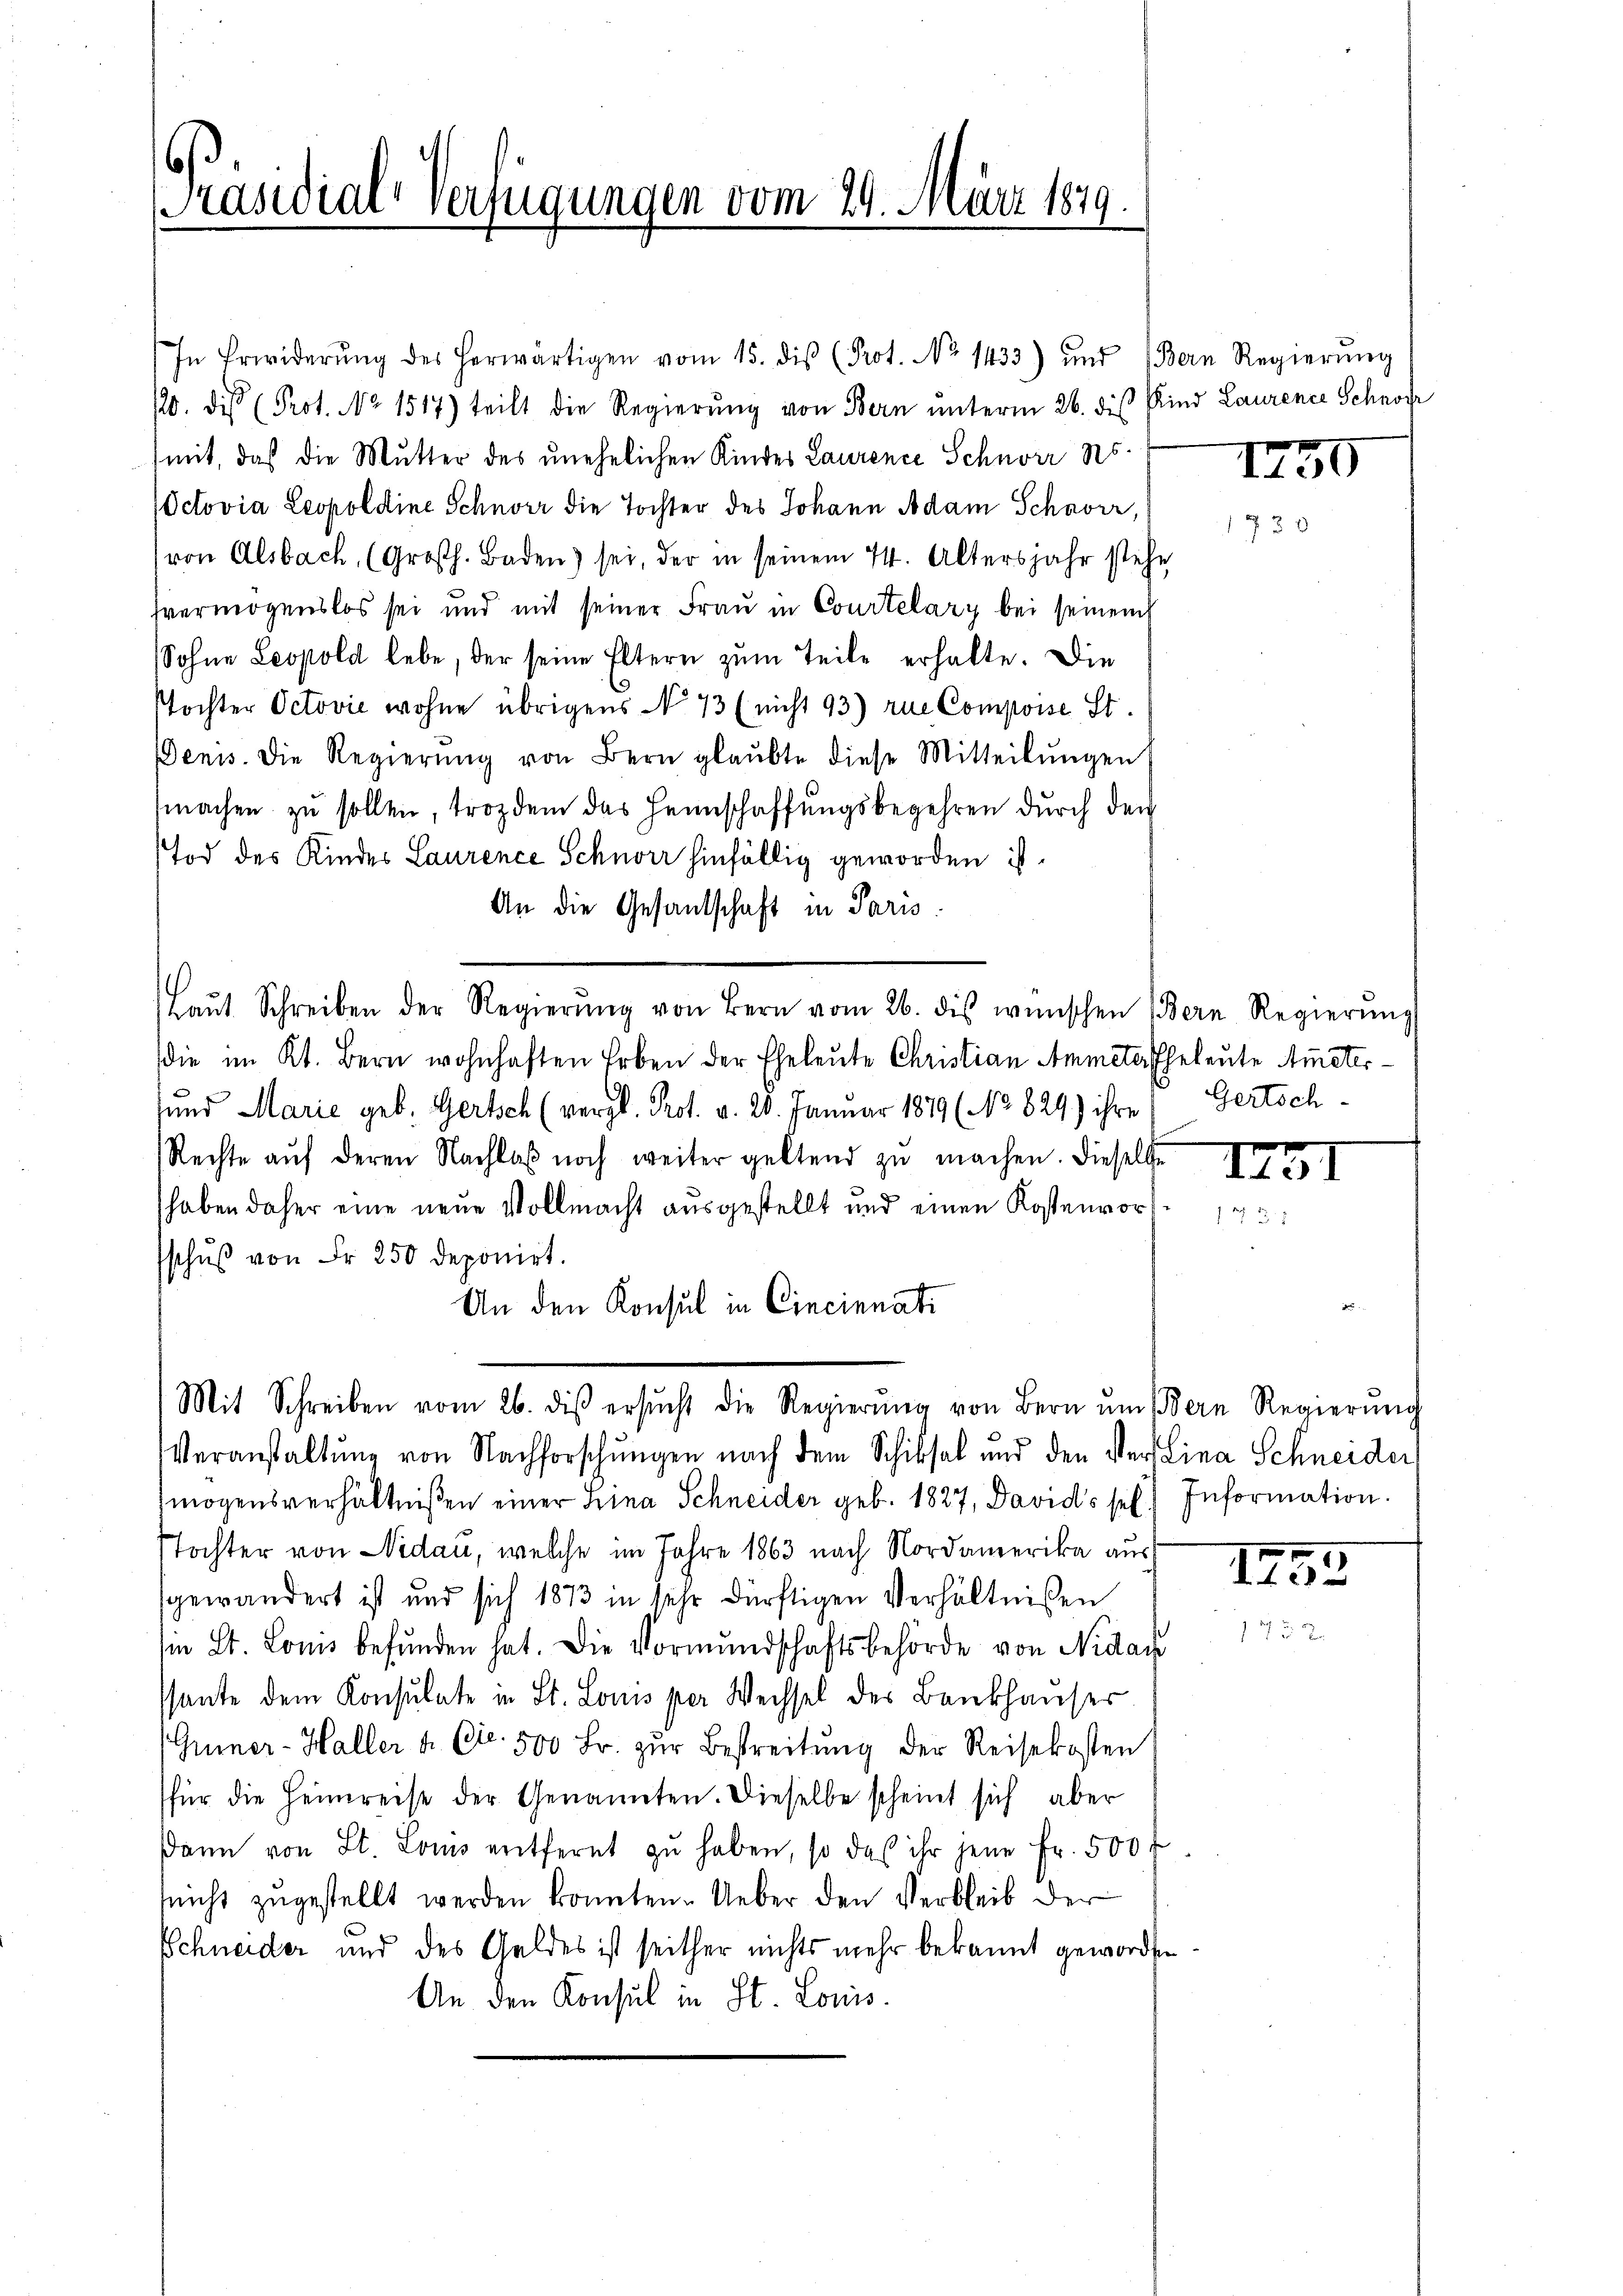
Präsidial-Verfügungen vom 29. März 1879.

In Erwiderŭng des herwärtigen vom 15. diβ (Prot. No 1433) und Bern Regierŭng
/20. die Prot. No 1517) teilt die Regierŭng von Bern ŭnterm 26. des Kind Laurener Schnof
mit, daß die Mutter des unehelichen Kindes Laurence Schnorr As
Octovia Leopoldine Schner die Tochter des Johann Adam Schaver,
von Alsbach, (Großh. Baden) sei, der in seinem 14. Altersjahr stehe
svermögenslos sei und mit seiner Frau in Courtelary bei seinem
Sohne Leopold lebe, der seine Eltern zum Teile erhalte. Die
stochter Octović wohne übrigens No 73 (nicht 93) rue Compoise St.
Denis. Die Regierŭng von Bern glaubte diese Mitteilŭngen
machen zu sollen, trozdem das Heimschaffungsbegehren durch den
Tod des Kinder Laurence Schnorr hinfällig geworden ist.
An die Gesandschaft in Paris.
Laŭt Schreiben der Regierŭng von Bern vom 26. dis wünschen (Bern Regierŭng
die im Kt. Bern wohnhaften Erben der Eheleute Christian Ammete Eheleute Amster
sund Marie geb. Gertsch (vergl. Prot. v. 20. Januar 1879 (No 829.) ihre Gertsch
Rechte aŭf deren Nachlaβ noch weiter geltend zŭ machen. Dieselbe
haben daher eine neue Vollmacht ausgestellt und einen Kostenvor
schŭβ von Fr. 250 deponirt.
An den Konsul in Cincinnati

Veranstaltung von Nachforschungen nach dem Schiksal und den Verstina Schneider
mögensverhältnißen einer Lina Schneider geb. 1827, Davids sel. Information.
Tochter von Nidau, welche im Jahre 1863 nach Nordamerika aus
sgewandert ist und sich 1873 in sehr dürftigen Verhältnißen
in St. Lonis befunden hat. Die Vormundschaftsbehörde von Nidau
ssante dem Konsulate in St. Louis per Wechsel des Bankhauser
(Gümner-Haller u. Cie. 500 Fr. zŭr Bestreitŭng der Reisekosten
für die Heimreise der Genannten. Dieselbe scheint sich aber
dann von St. Louis entfernt zŭ haben, so das ihr jene Fr. 500 f
nicht zugestellt werden könnten. Ueber den Verbleib der
Schneider und des Geldes ist seither nichts mehr bekannt geworden
An den Konsul in St. Louis

Mit Schreiben vom 26. dis ersŭcht die Regierŭng von Bern ŭm dern Regierŭng

1430
1730

I3I

II32
17 5 x